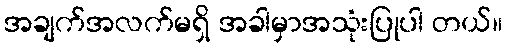
အချက်အလက်မရှိ အခါမှာအသုံးပြုပါ တယ်။